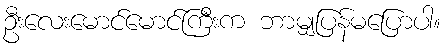
ဦးလေးမောင်မောင်ကြီးက ဘာမျှပြန်မပြောပါ။